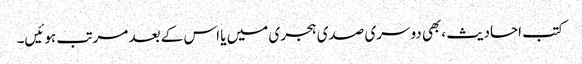
کتب احادیث ،بھی دوسری صدی ہجری میں یا اس کے بعد مرتب ہوئیں۔